画像に写った文字を読んでください
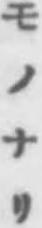
「モノナリ」と書いてあります